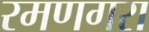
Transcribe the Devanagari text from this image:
रमणगरा